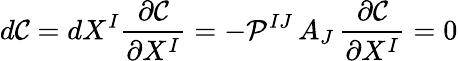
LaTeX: d\mathcal{C}=dX^{I}\frac{\partial\mathcal{C}}{\partial X^{I}}=-\mathcal{P}^{IJ}\, A_{J}\, \frac{\partial\mathcal{C}}{\partial X^{I}}=0